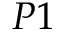
P 1